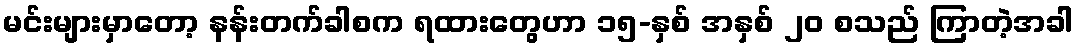
မင်းများမှာတော့ နန်းတက်ခါစက ရထားတွေဟာ ၁၅-နှစ် အနှစ် ၂၀ စသည် ကြာတဲ့အခါ